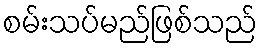
စမ်းသပ်မည်ဖြစ်သည်